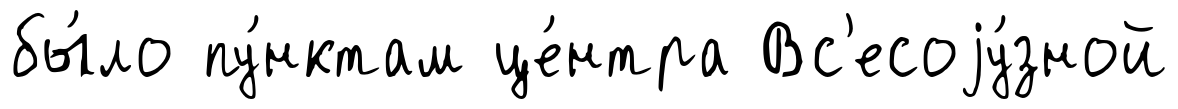
бы́ло пу́нктам це́нтра Вс'есоjу́зной